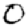
Digit: 0